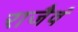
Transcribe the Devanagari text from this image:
राजैवं